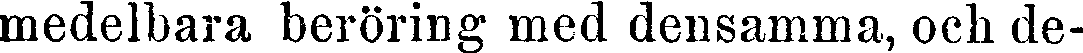
medelbara beröring med densamma, och de-